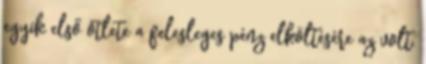
egyik első ötlete a felesleges pénz elköltésére az volt,